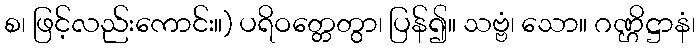
စ၊ ဖြင့်လည်းကောင်း။) ပရိဝတ္တေတွာ၊ ပြန်၍။ သဗ္ဗံ၊ သော။ ဂဏ္ဌိဋ္ဌာနံ၊